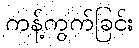
ကန့်ကွက်ခြင်း